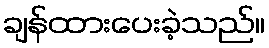
ချန်ထားပေးခဲ့သည်။